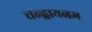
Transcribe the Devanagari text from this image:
चन्द्रायनम